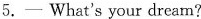
5.---What's your dream?